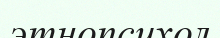
этнопсихол